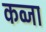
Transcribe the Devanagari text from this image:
कव्जा